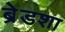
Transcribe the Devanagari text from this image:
ब्रेडशा